Scottish Leaving Certificate Examination, 1961
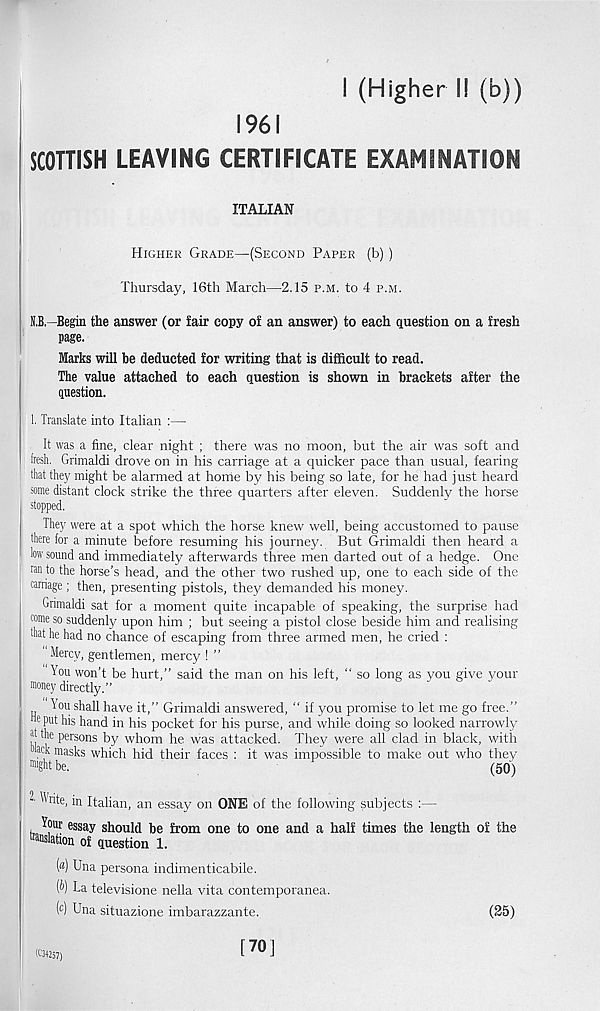
I (Higher I! (b))
1961
SCOTTISH LEAVING CERTIFICATE EXAMINATION
ITALIAN
Higher Grade—(Second Paper (b))
Thursday, 16th March—2.15 p.m. to 4 p.m.
N.B.—Begin the answer (or fair copy of an answer) to each question on a fresh
page.
Marks will be deducted for writing that is difficult to read.
The value attached to each question is shown in brackets after the
question.
1. Translate into Italian :—
It was a fine, clear night ; there was no moon, but the air was soft and
fresh. Grimaldi drove on in his carriage at a quicker pace than usual, fearing
that they might be alarmed at home by his being so late, for he had just heard
some distant clock strike the three quarters after eleven. Suddenly the horse
stopped.
They were at a spot which the horse knew well, being accustomed to pause
there for a minute before resuming his journey. But Grimaldi then heard a
low sound and immediately afterwards three men darted out of a hedge. One
ran to the horse’s head, and the other two rushed up, one to each side of the
carnage ; then, presenting pistols, they demanded his money.
Grimaldi sat for a moment quite incapable of speaking, the surprise had
come so suddenly upon him ; but seeing a pistol close beside him and realising
that he had no chance of escaping from three armed men, he cried :
Mercy, gentlemen, mercy ! ’’
You won’t be hurt,” said the man on his left, “ so long as you give your
money directly.”
You shall have it,” Grimaldi answered, “ if you promise to let me go free.”
® put his hand in his pocket for his purse, and while doing so looked narrowly
at the persons by whom he was attacked. They were all clad in black, with
J ck masks which hid their faces : it was impossible to make out who they
mgtitbe.
■
F
(50)
- Write, in Italian, an essay on ONE of the following subjects :—
Your essay should be from one to one and a half times the length of the
of question 1.
(«) Una persona indimenticabile.
W La televisione nella vita contemporanea.
( c ) Una situazione imbarazzante.
(25)
K34257)
[70]